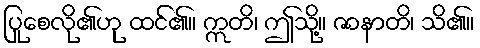
ပြုစေလို၏ဟု ထင်၏။ ဣတိ၊ ဤသို့။ ဇာနာတိ၊ သိ၏။